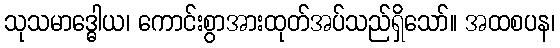
သုသမာဒ္ဓေါယ၊ ကောင်းစွာအားထုတ်အပ်သည်ရှိသော်။ အထစပန၊